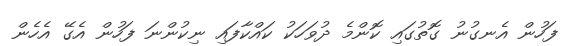
ފަހުން އެނގުނު ގޮތުގައި ކޮންމެ ދުވަހަކު ކައްކާފައި ނިކުންނަ ފަހުން އެގޭ އެހެން